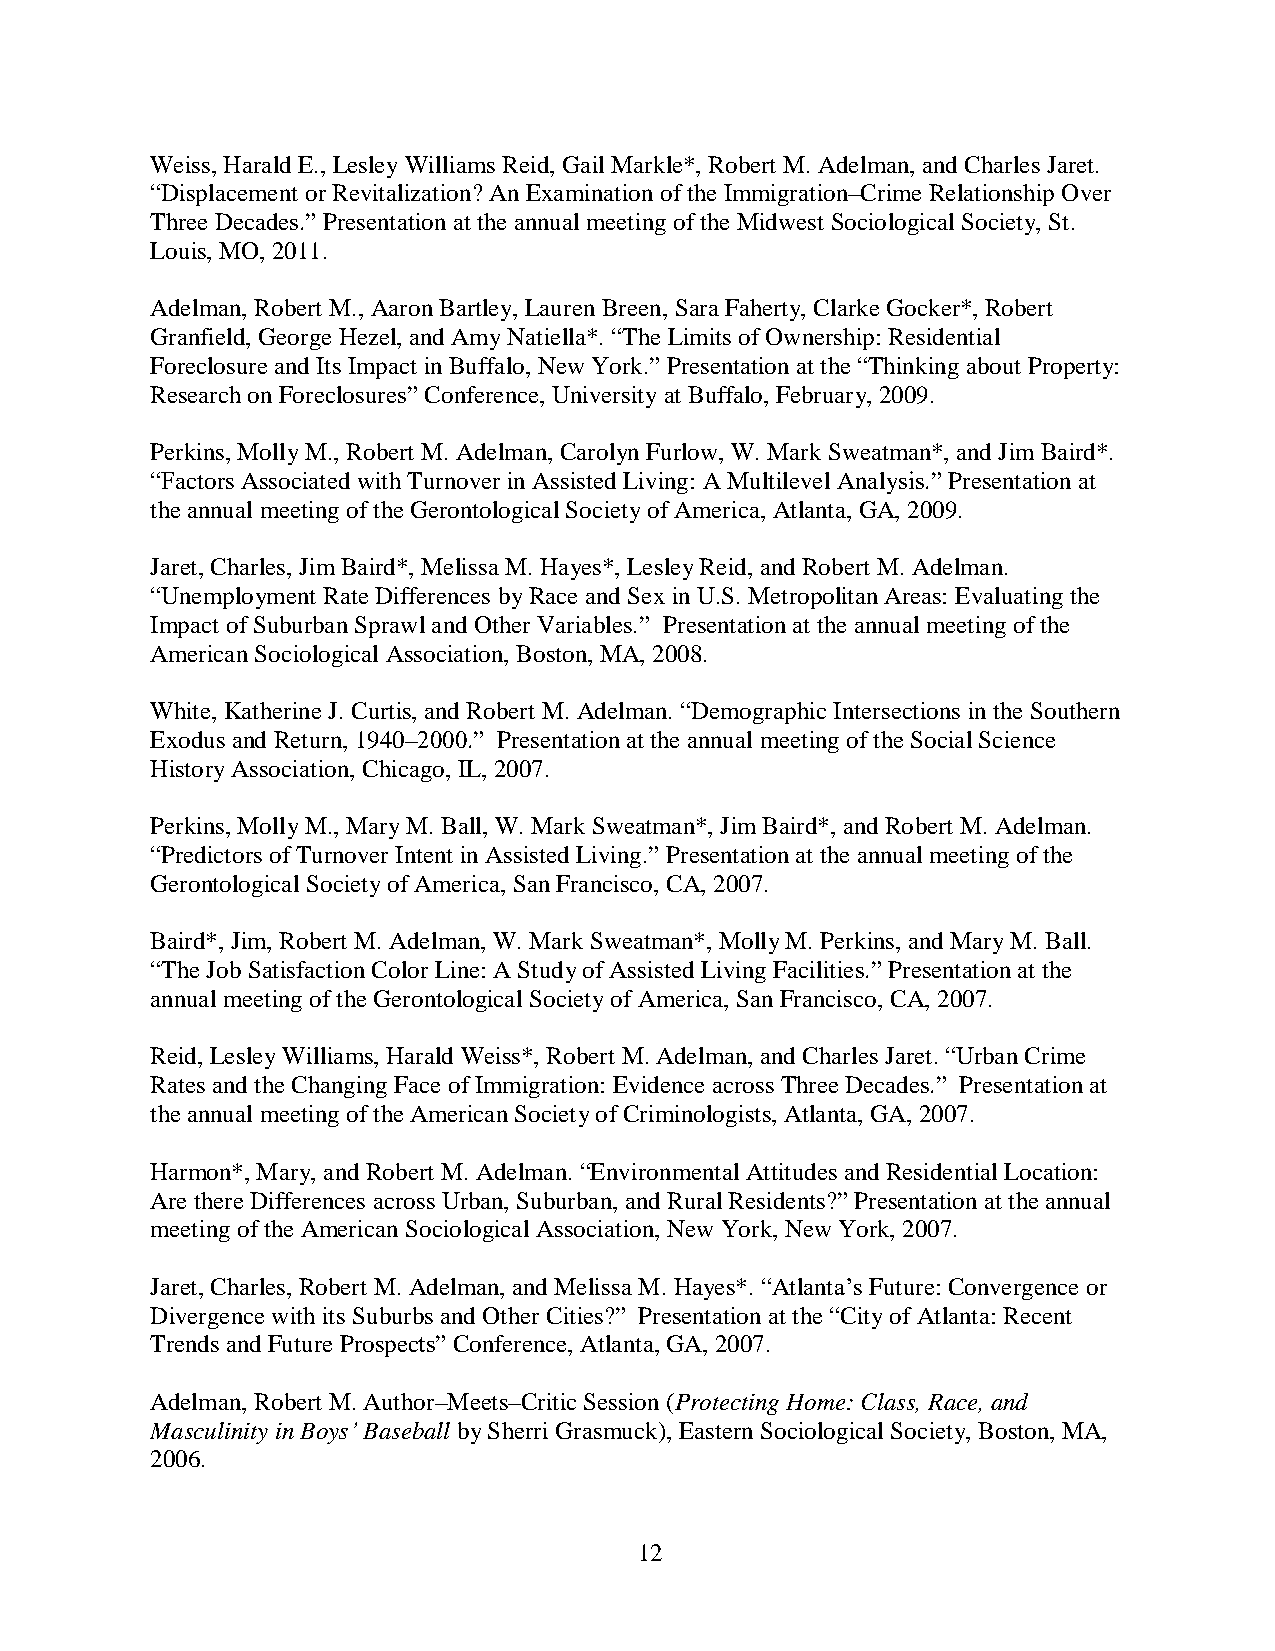
Weiss, Harald E., Lesley Williams Reid, Gail Markle*, Robert M. Adelman, and Charles Jaret.
 “Displacement or Revitalization? An Examination of the Immigration–Crime Relationship Over
 Three Decades.” Presentation at the annual meeting of the Midwest Sociological Society, St.
 Louis, MO, 2011.
 Adelman, Robert M., Aaron Bartley, Lauren Breen, Sara Faherty, Clarke Gocker*, Robert
 Granfield, George Hezel, and Amy Natiella*. “The Limits of Ownership: Residential
 Foreclosure and Its Impact in Buffalo, New York.” Presentation at the “Thinking about Property:
 Research on Foreclosures” Conference, University at Buffalo, February, 2009.
 Perkins, Molly M., Robert M. Adelman, Carolyn Furlow, W. Mark Sweatman*, and Jim Baird*.
 “Factors Associated with Turnover in Assisted Living: A Multilevel Analysis.” Presentation at
 the annual meeting of the Gerontological Society of America, Atlanta, GA, 2009.
 Jaret, Charles, Jim Baird*, Melissa M. Hayes*, Lesley Reid, and Robert M. Adelman.
 “Unemployment Rate Differences by Race and Sex in U.S. Metropolitan Areas: Evaluating the
 Impact of Suburban Sprawl and Other Variables.” Presentation at the annual meeting of the
 American Sociological Association, Boston, MA, 2008.
 White, Katherine J. Curtis, and Robert M. Adelman. “Demographic Intersections in the Southern
 Exodus and Return, 1940–2000.” Presentation at the annual meeting of the Social Science
 History Association, Chicago, IL, 2007.
 Perkins, Molly M., Mary M. Ball, W. Mark Sweatman*, Jim Baird*, and Robert M. Adelman.
 “Predictors of Turnover Intent in Assisted Living.” Presentation at the annual meeting of the
 Gerontological Society of America, San Francisco, CA, 2007.
 Baird*, Jim, Robert M. Adelman, W. Mark Sweatman*, Molly M. Perkins, and Mary M. Ball.
 “The Job Satisfaction Color Line: A Study of Assisted Living Facilities.” Presentation at the
 annual meeting of the Gerontological Society of America, San Francisco, CA, 2007.
 Reid, Lesley Williams, Harald Weiss*, Robert M. Adelman, and Charles Jaret. “Urban Crime
 Rates and the Changing Face of Immigration: Evidence across Three Decades.” Presentation at
 the annual meeting of the American Society of Criminologists, Atlanta, GA, 2007.
 Harmon*, Mary, and Robert M. Adelman. “Environmental Attitudes and Residential Location:
 Are there Differences across Urban, Suburban, and Rural Residents?” Presentation at the annual
 meeting of the American Sociological Association, New York, New York, 2007.
 Jaret, Charles, Robert M. Adelman, and Melissa M. Hayes*. “Atlanta’s Future: Convergence or
 Divergence with its Suburbs and Other Cities?” Presentation at the “City of Atlanta: Recent
 Trends and Future Prospects” Conference, Atlanta, GA, 2007.
 Adelman, Robert M. Author–Meets–Critic Session (Protecting Home: Class, Race, and
 Masculinity in Boys’ Baseball by Sherri Grasmuck), Eastern Sociological Society, Boston, MA,
 2006.
 12